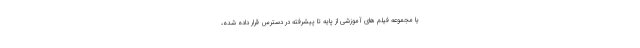
یا مجموعه فیلم های آموزشی از پایه تا پیشرفته در دسترس قرار داده شده،